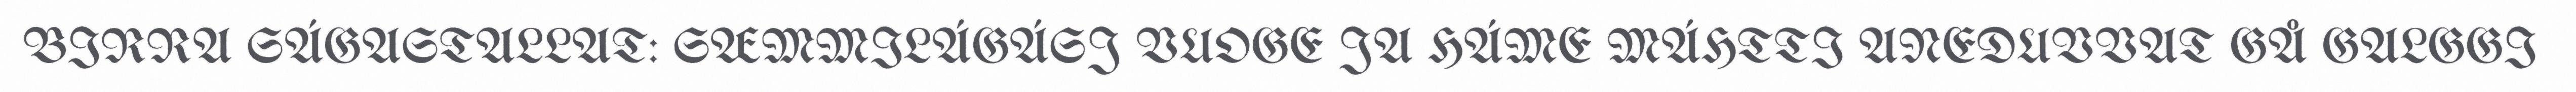
BIRRA SÁGASTALLAT: SÆMMILÁGÁSJ VUOGE JA HÁME MÁHTTI ANEDUVVAT GÅ GALGGI